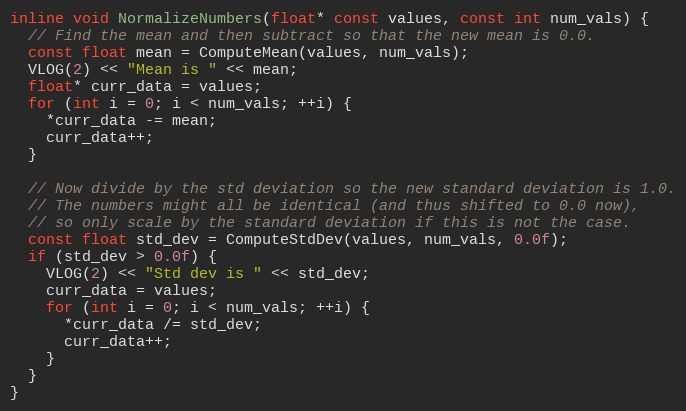
Language: C
inline void NormalizeNumbers(float* const values, const int num_vals) {
  // Find the mean and then subtract so that the new mean is 0.0.
  const float mean = ComputeMean(values, num_vals);
  VLOG(2) << "Mean is " << mean;
  float* curr_data = values;
  for (int i = 0; i < num_vals; ++i) {
    *curr_data -= mean;
    curr_data++;
  }

  // Now divide by the std deviation so the new standard deviation is 1.0.
  // The numbers might all be identical (and thus shifted to 0.0 now),
  // so only scale by the standard deviation if this is not the case.
  const float std_dev = ComputeStdDev(values, num_vals, 0.0f);
  if (std_dev > 0.0f) {
    VLOG(2) << "Std dev is " << std_dev;
    curr_data = values;
    for (int i = 0; i < num_vals; ++i) {
      *curr_data /= std_dev;
      curr_data++;
    }
  }
}